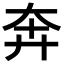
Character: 奔